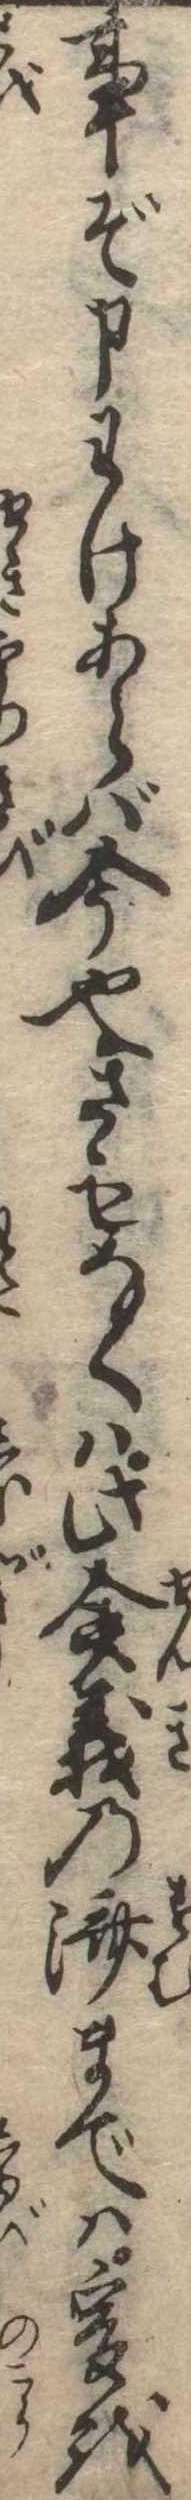
事ぞ申わけあらば今也さもなくは此僉義の済までは爰を